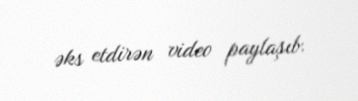
əks etdirən video paylaşıb.